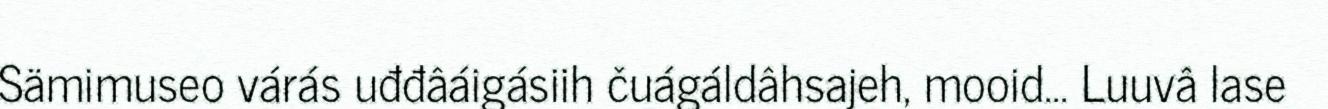
Sämimuseo várás uđđâáigásiih čuágáldâhsajeh, mooid... Luuvâ lase